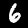
Digit: 6